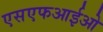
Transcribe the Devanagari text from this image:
एसएफआईओ